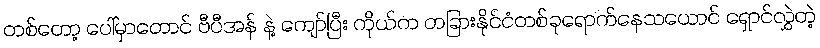
တစ်တော့ ပေါ်မှာတောင် ဗီပီအန် နဲ့ ကျော်ပြီး ကိုယ်က တခြားနိုင်ငံတစ်ခုရောက်နေသယောင် ရှောင်လွှဲတဲ့